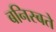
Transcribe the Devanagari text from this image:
बनिस्बते